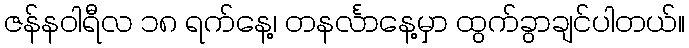
ဇန်နဝါရီလ ၁၈ ရက်နေ့၊ တနင်္လာနေ့မှာ ထွက်ခွာချင်ပါတယ်။